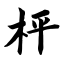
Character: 枰